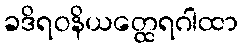
ခဒိရဝနိယတ္ထေရဂါထာ